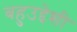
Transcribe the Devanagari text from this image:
बहुउद्देशी